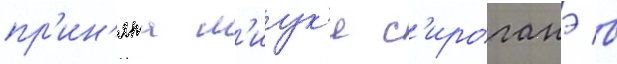
пр'ин'ята м'иук'и с'ироганэ в